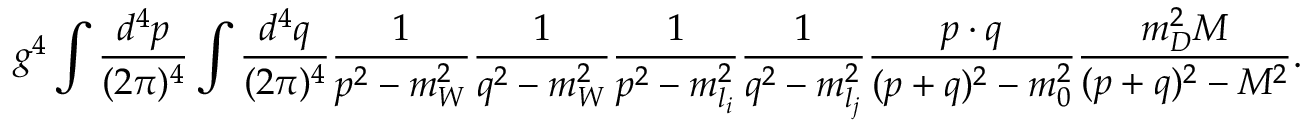
g ^ { 4 } \int { \frac { d ^ { 4 } p } { ( 2 \pi ) ^ { 4 } } } \int { \frac { d ^ { 4 } q } { ( 2 \pi ) ^ { 4 } } } { \frac { 1 } { p ^ { 2 } - m _ { W } ^ { 2 } } } { \frac { 1 } { q ^ { 2 } - m _ { W } ^ { 2 } } } { \frac { 1 } { p ^ { 2 } - m _ { l _ { i } } ^ { 2 } } } { \frac { 1 } { q ^ { 2 } - m _ { l _ { j } } ^ { 2 } } } { \frac { p \cdot q } { ( p + q ) ^ { 2 } - m _ { 0 } ^ { 2 } } } { \frac { m _ { D } ^ { 2 } M } { ( p + q ) ^ { 2 } - M ^ { 2 } } } .